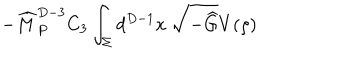
- { \widehat M } _ { P } ^ { D - 3 } C _ { 3 } \int _ { \Sigma } d ^ { D - 1 } x ~ \sqrt { - { \widehat G } } V ( \rho )